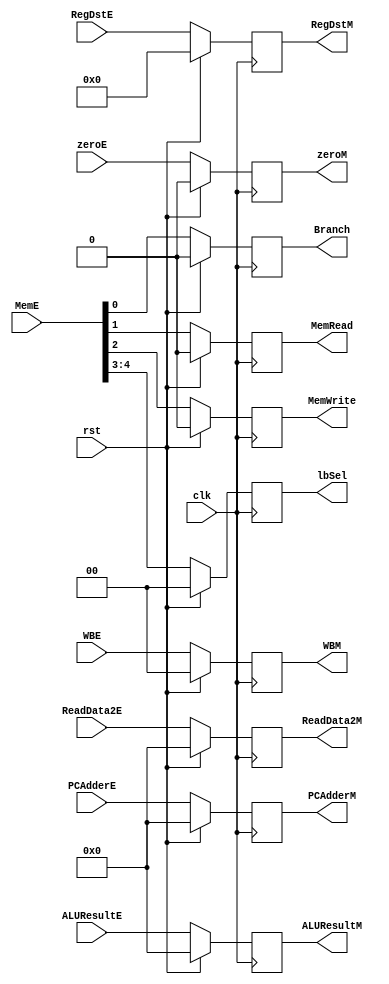
`timescale 1ns / 1ps
//////////////////////////////////////////////////////////////////////////////////
// Company: 
// Engineer: 
// 
// Design Name: 
// Module Name: EtooM
// Project Name: 
// Target Devices: 
// Tool Versions: 
// Description: 
// 
// Dependencies: 
// 
// Revision:
// Revision 0.01 - File Created
// Additional Comments:
// 
//////////////////////////////////////////////////////////////////////////////////


module EtooM(clk, rst, WBE, MemE, PCAdderE, zeroE, ALUResultE, ReadData2E, RegDstE,
            WBM, MemWrite, MemRead, Branch, PCAdderM, zeroM, ALUResultM, ReadData2M, RegDstM, lbSel);
            output reg [31:0]PCAdderM, ALUResultM, ReadData2M;
            output reg [4:0] RegDstM;
            output reg [1:0] WBM, lbSel;
            output reg zeroM, MemWrite, MemRead, Branch;
            
            input [31:0] PCAdderE, ALUResultE, ReadData2E;
            input [4:0] RegDstE;
            input [4:0] MemE;
            input  [1:0] WBE;
            input zeroE, clk, rst; 
            
            always @(posedge clk)begin
                    if(rst) begin
                        WBM <= 0;
                        zeroM <= 0;
                        MemWrite <= 0;
                        MemRead <= 0;
                        Branch  <= 0;
                        PCAdderM <= 0;
                        ALUResultM <= 0;
                        ReadData2M <= 0;
                        RegDstM <= 0;
                        lbSel <= 0;
                       end
                    else begin
                        WBM <= WBE;
                        zeroM <= zeroE;
                        lbSel <= MemE[4:3];
                        MemWrite <= MemE[2];
                        MemRead <= MemE[1];
                        Branch  <= MemE[0];
                        PCAdderM <= PCAdderE; 
                        ALUResultM <= ALUResultE;
                        ReadData2M <= ReadData2E;
                        RegDstM <= RegDstE;
                        end
                   end
            
            
endmodule